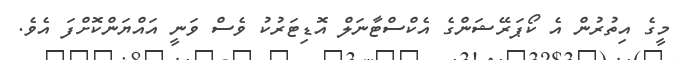
މީގެ އިތުރުން އެ ކޯޕަރޭޝަންގެ އެކްސްޓާނަލް އޮޑިޓަރުކު ވެސް ވަނީ އައްޔަންކޮށްފަ އެވެ.